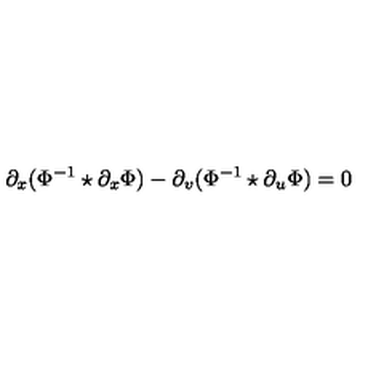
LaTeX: \partial _ { x } ( \Phi ^ { - 1 } \star \partial _ { x } \Phi ) - \partial _ { v } ( \Phi ^ { - 1 } \star \partial _ { u } \Phi ) = 0